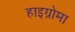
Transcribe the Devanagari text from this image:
हाइग्रोमा